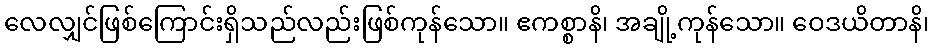
လေလျှင်ဖြစ်ကြောင်းရှိသည်လည်းဖြစ်ကုန်သော။ ဧကစ္စာနိ၊ အချို့ကုန်သော။ ဝေဒယိတာနိ၊